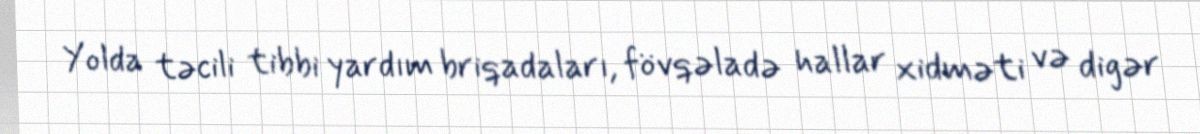
Yolda təcili tibbi yardım briqadaları, fövqəladə hallar xidməti və digər